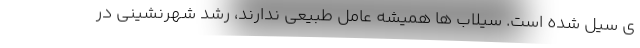
ی سیل شده است. سیلاب ها همیشه عامل طبیعی ندارند، رشد شهرنشینی در